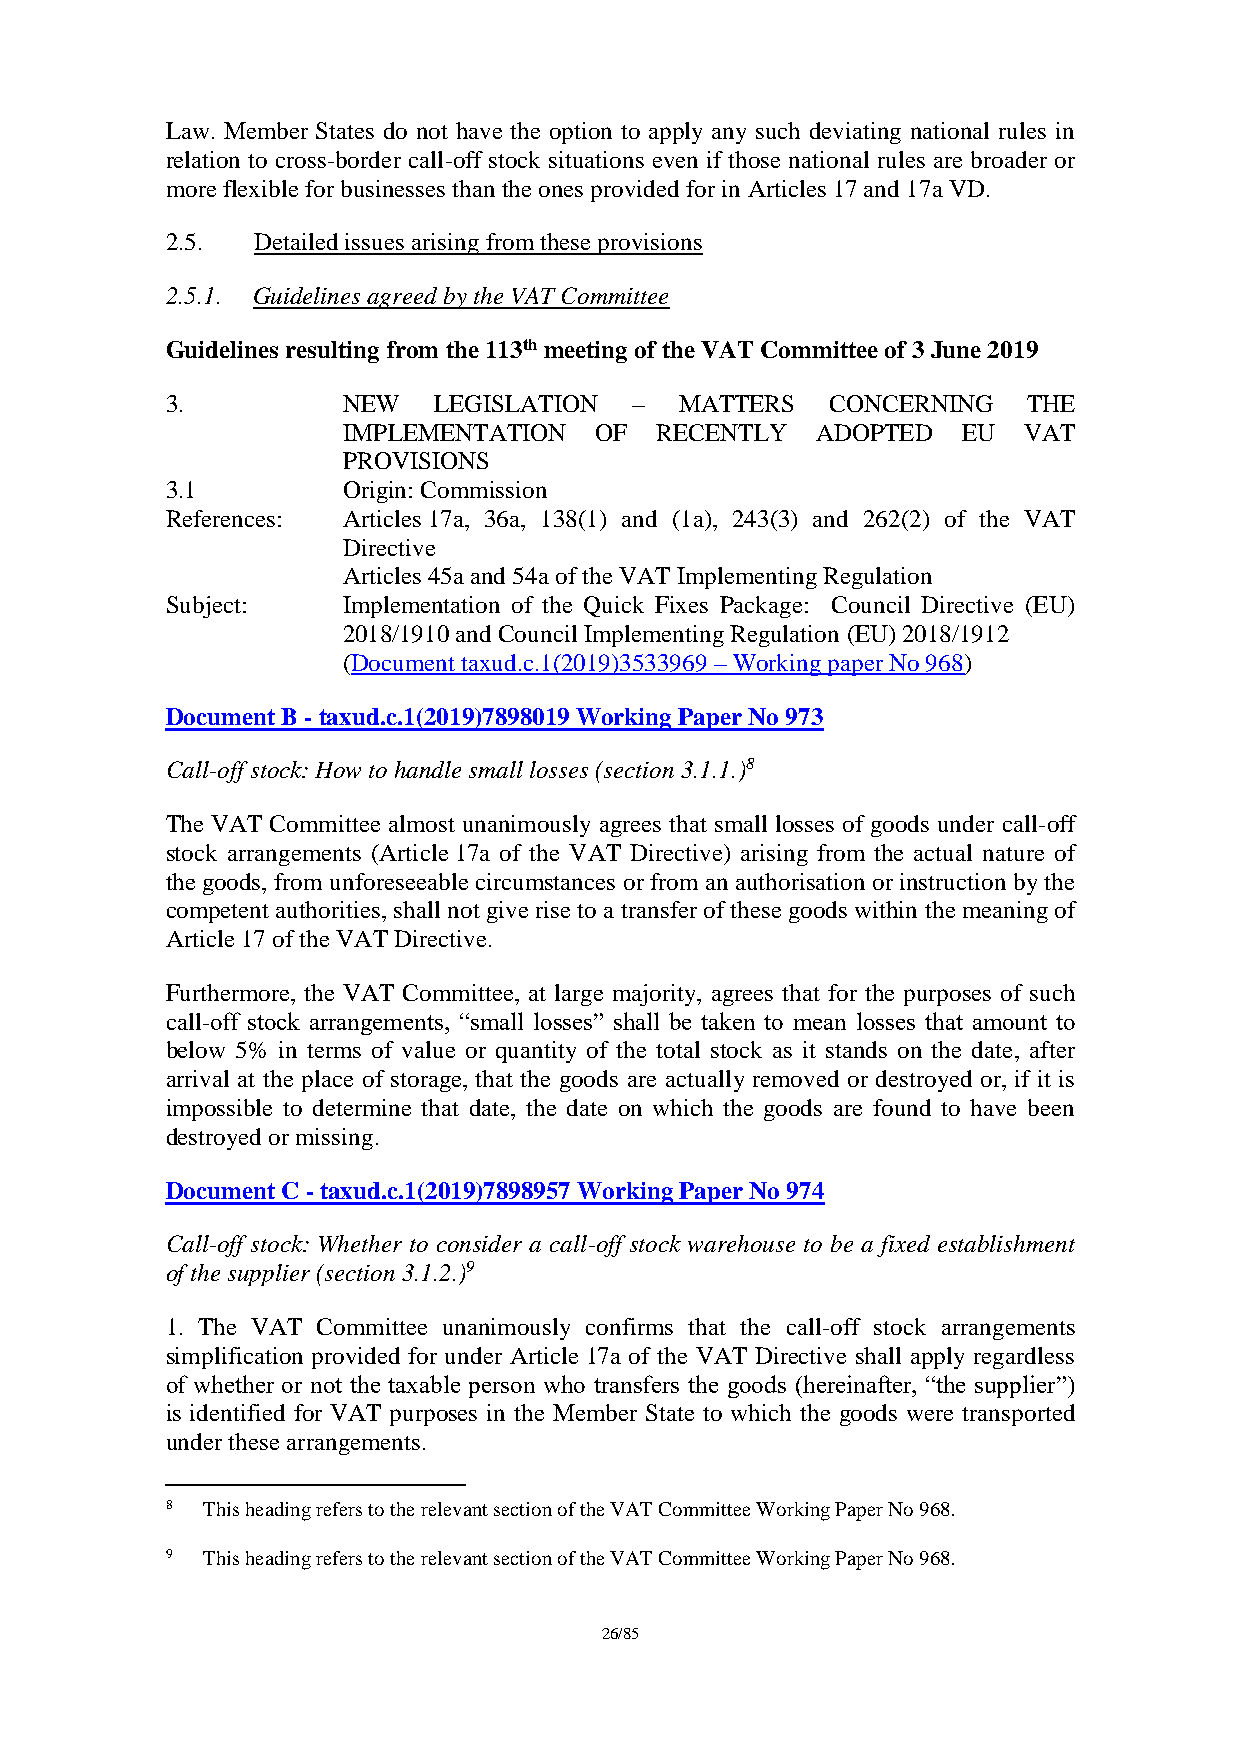
Law. Member States do not have the option to apply any such deviating national rules in
 relation to cross-border call-off stock situations even if those national rules are broader or
 more flexible for businesses than the ones provided for in Articles 17 and 17a VD.
 2.5.  Detailed issues arising from these provisions
 2.5.1. Guidelines agreed by the VAT Committee
 Guidelines resulting from the 113th meeting of the VAT Committee of 3 June 2019
 3.          NEW   LEGISLATION  –  MATTERS   CONCERNING   THE
 IMPLEMENTATION  OF  RECENTLY   ADOPTED   EU  VAT
 PROVISIONS
 3.1         Origin: Commission
 References: Articles 17a, 36a, 138(1) and (1a), 243(3) and 262(2) of the VAT
 Directive
 Articles 45a and 54a of the VAT Implementing Regulation
 Subject:    Implementation of the Quick Fixes Package: Council Directive (EU)
 2018/1910 and Council Implementing Regulation (EU) 2018/1912
 (Document taxud.c.1(2019)3533969 – Working paper No 968)
 Document B - taxud.c.1(2019)7898019 Working Paper No 973
 Call-off stock: How to handle small losses (section 3.1.1.)8
 The VAT Committee almost unanimously agrees that small losses of goods under call-off
 stock arrangements (Article 17a of the VAT Directive) arising from the actual nature of
 the goods, from unforeseeable circumstances or from an authorisation or instruction by the
 competent authorities, shall not give rise to a transfer of these goods within the meaning of
 Article 17 of the VAT Directive.
 Furthermore, the VAT Committee, at large majority, agrees that for the purposes of such
 call-off stock arrangements, “small losses” shall be taken to mean losses that amount to
 below 5% in terms of value or quantity of the total stock as it stands on the date, after
 arrival at the place of storage, that the goods are actually removed or destroyed or, if it is
 impossible to determine that date, the date on which the goods are found to have been
 destroyed or missing.
 Document C - taxud.c.1(2019)7898957 Working Paper No 974
 Call-off stock: Whether to consider a call-off stock warehouse to be a fixed establishment
 of the supplier (section 3.1.2.)9
 1. The VAT Committee unanimously confirms that the call-off stock arrangements
 simplification provided for under Article 17a of the VAT Directive shall apply regardless
 of whether or not the taxable person who transfers the goods (hereinafter, “the supplier”)
 is identified for VAT purposes in the Member State to which the goods were transported
 under these arrangements.
 8 This heading refers to the relevant section of the VAT Committee Working Paper No 968.
 9 This heading refers to the relevant section of the VAT Committee Working Paper No 968.
 26/85